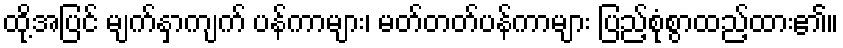
ထို့အပြင် မျက်နှာကျက် ပန်ကာများ၊ မတ်တတ်ပန်ကာများ ပြည့်စုံစွာထည့်ထား၏။